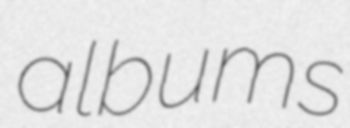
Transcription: albums